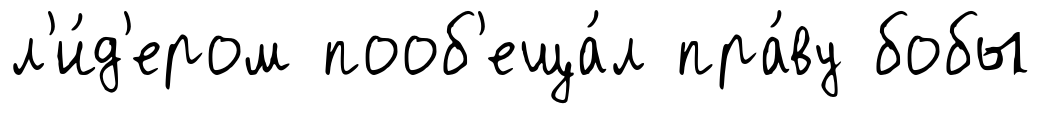
л'и́д'ером пооб'еща́л пра́ву бобы